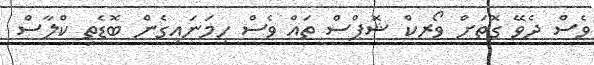
ވެސް ދެވޭ ގޮތަށް ވޯރކް ޝޮޕްސް ތައް ވެސް ހިމަނައިގެން ބޮޑެތި ކްލާސް